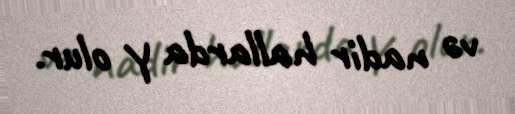
və nadir hallarda Y olur.